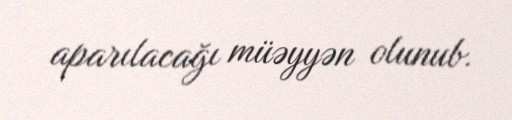
aparılacağı müəyyən olunub.